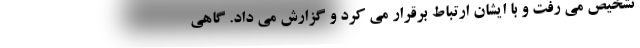
تشخیص می رفت و با ایشان ارتباط برقرار می کرد و گزارش می داد. گاهی